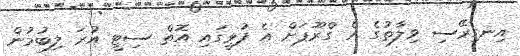
އިނގިރޭސި ވިލާތުގެ އެ ގްރޫޕަށް އެ ފުޅީގައި އޮތް ސިޓީ އުރަ ލިބުމުން